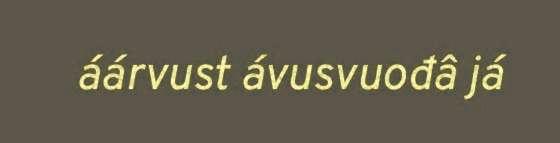
áárvust ávusvuođâ já